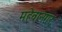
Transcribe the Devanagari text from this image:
महेवानगर